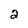
Character: 2